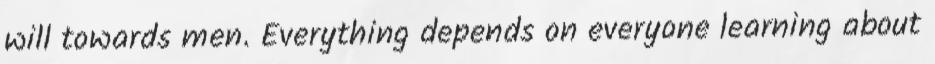
will towards men. Everything depends on everyone learning about